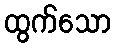
ထွက်သော